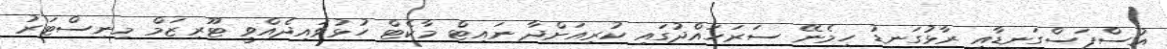
އުސްފަސްގަނޑާއި ރާޅުގަނޑު ހިމެނޭ ސަރަހައްދުގައި ކުރިއަށްދާ ނައިޓް މާކެޓް ހުޅުވައިދެއްވީ ޓޫރިޒަމް މިނިސްޓަރު